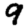
Digit: 9